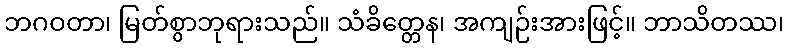
ဘဂဝတာ၊ မြတ်စွာဘုရားသည်။ သံခိတ္တေန၊ အကျဉ်းအားဖြင့်။ ဘာသိတဿ၊